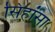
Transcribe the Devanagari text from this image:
सिहांसा